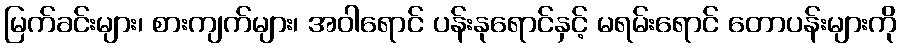
မြက်ခင်းများ၊ စားကျက်များ၊ အဝါရောင် ပန်းနုရောင်နှင့် မရမ်းရောင် တောပန်းများကို